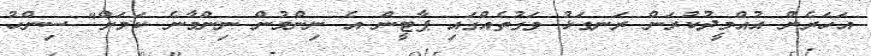
އަހަރެން އުއްމީދުކުރަން ރަނގަޅު ވަގުތެއްގައި ޕާޓީން އެ ނިންމުން ނިންމާނެ ކަމަށް" ސިންހު